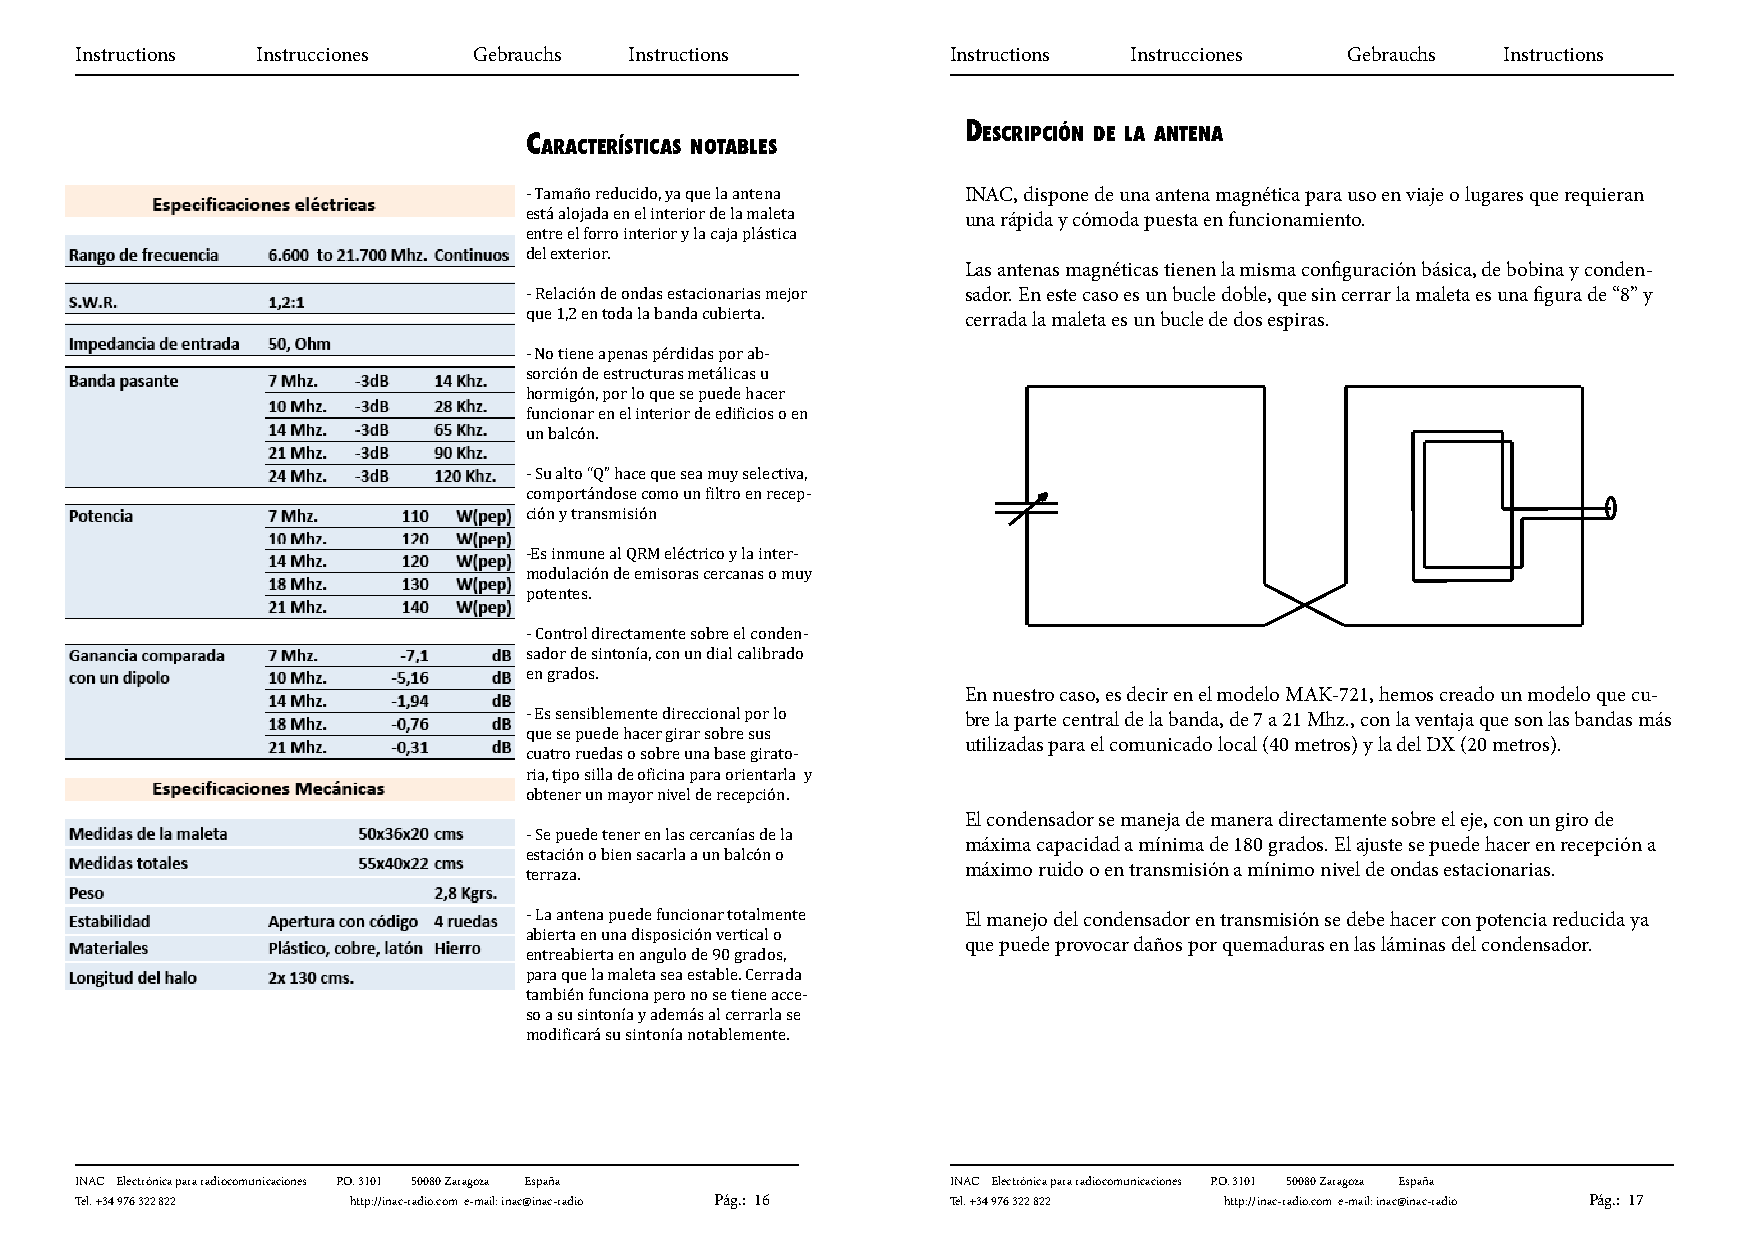
Instructions Instrucciones Gebrauchs Instructions         Instructions Instrucciones Gebrauchs Instructions
 descripción de la antena
 características notables
 INAC, dispone de una antena magnética para uso en viaje o lugares que requieran
 una rápida y cómoda puesta en funcionamiento.
 - Tamaño reducido, ya que la antena
 está alojada en el interior de la maleta
 entre el forro interior y la caja plástica Las antenas magnéticas tienen la misma configuración básica, de bobina y conden-
 del exterior.                sador. En este caso es un bucle doble, que sin cerrar la maleta es una figura de “8” y
 cerrada la maleta es un bucle de dos espiras.
 - Relación de ondas estacionarias mejor
 que 1,2 en toda la banda cubierta.
 - No tiene apenas pérdidas por ab-
 sorción de estructuras metálicas u
 hormigón, por lo que se puede hacer
 funcionar en el interior de edificios o en
 un balcón.
 - Su alto “Q” hace que sea muy selectiva,
 comportándose como un filtro en recep-
 ción y transmisión
 -Es inmune al QRM eléctrico y la inter-
 modulación de emisoras cercanas o muy
 potentes.
 - Control directamente sobre el conden-
 sador de sintonía, con un dial calibrado En nuestro caso, es decir en el modelo MAK-721, hemos creado un modelo que cu-
 en grados.
 bre la parte central de la banda, de 7 a 21 Mhz., con la ventaja que son las bandas más
 - Es sensiblemente direccional por lo utilizadas para el comunicado local (40 metros) y la del DX (20 metros).
 que se puede hacer girar sobre sus
 cuatro ruedas o sobre una base girato-
 ria, tipo silla de oficina para orientarla y
 El condensador se maneja de manera directamente sobre el eje, con un giro de
 obtener un mayor nivel de recepción.
 máxima capacidad a mínima de 180 grados. El ajuste se puede hacer en recepción a
 - Se puede tener en las cercanías de la máximo ruido o en transmisión a mínimo nivel de ondas estacionarias.
 estación o bien sacarla a un balcón o
 terraza.
 El manejo del condensador en transmisión se debe hacer con potencia reducida ya
 - La antena puede funcionar totalmente que puede provocar daños por quemaduras en las láminas del condensador.
 abierta en una disposición vertical o
 entreabierta en angulo de 90 grados,
 para que la maleta sea estable. Cerrada
 también funciona pero no se tiene acce-
 so a su sintonía y además al cerrarla se
 modificará su sintonía notablemente.
 INAC Electrónica para radiocomunicaciones P.O. 3101 50080 Zaragoza España INAC Electrónica para radiocomunicaciones P.O. 3101 50080 Zaragoza España
 Tel. +34 976 322 822 http://inac-radio.com e-mail: inac@inac-radio Pág.: 16 Tel. +34 976 322 822 http://inac-radio.com e-mail: inac@inac-radio Pág.: 17